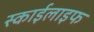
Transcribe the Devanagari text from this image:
स्काईलाइफ